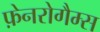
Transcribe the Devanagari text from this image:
फ़ेनरोगैम्स